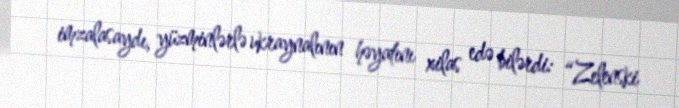
imzalasaydı, yüzminlərlə ukraynalının həyatını xilas edə bilərdi: “Zelenski